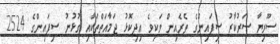
ސޫރިޔާ ސަރުކާރު ސިފައިންގެ ތެރެއިން ވަކިވެ އިދިކޮޅު ޖަމާއަތްތަކާއި ގުޅުނު ސިފައިންގެ 2524